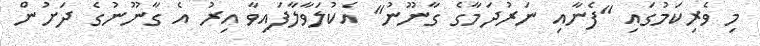
މި ވެރިކަމުގައި "ފެނާއި ނަރުދަމާގެ ގާނޫނު" އެކުލަވާލާފައިވާ އިރު އެ ގާނޫނުގެ ދަށުން